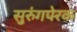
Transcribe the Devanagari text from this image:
सुरुंगपेरक